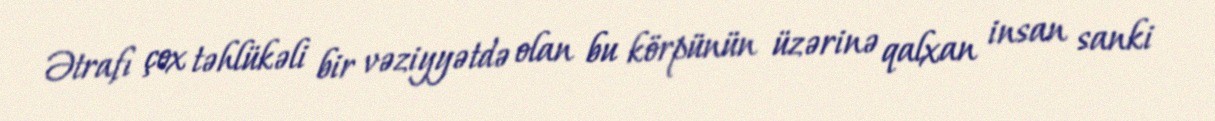
Ətrafı çox təhlükəli bir vəziyyətdə olan bu körpünün üzərinə qalxan insan sanki